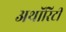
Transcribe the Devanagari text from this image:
अथाॅरिटी